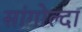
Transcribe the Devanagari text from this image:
सांगोल्दा